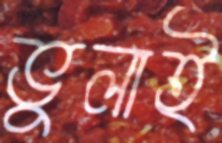
ভুলাই